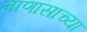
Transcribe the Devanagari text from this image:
माणासाच्या